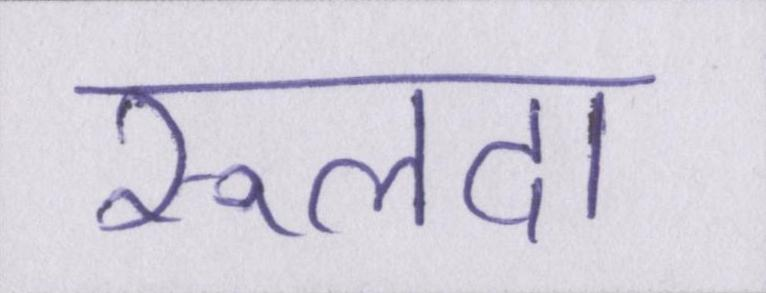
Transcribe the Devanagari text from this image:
रूलदा